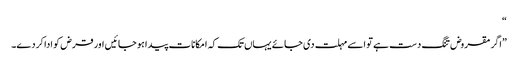
“
”اگر مقروض تنگ دست ہے تو اسے مہلت دی جائے یہاں تک کہ امکانات پیدا ہو جائیں اور قرض کو ادا کردے۔